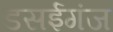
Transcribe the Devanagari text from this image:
डसईगंज